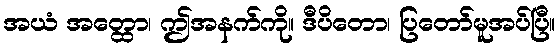
အယံ အတ္ထော၊ ဤအနက်ကို။ ဒီပိတော၊ ပြတော်မူအပ်ပြီ။